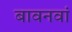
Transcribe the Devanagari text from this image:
बावनवां